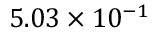
5 . 0 3 \times 1 0 ^ { - 1 }